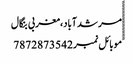
مرشدآباد،مغربی بنگال
ََََََََََََََََََََََََموبائل نمبر 7872873542